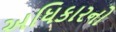
અધિકારનો